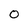
Character: 0